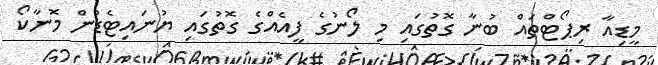
މީޑިއާ ރިޕޯޓްތައް ބުނާ ގޮތުގައި މި ލޯނުގެ ފީއެއްގެ ގޮތުގައި ޔުނައިޓެޑުން މޮނާކޯ